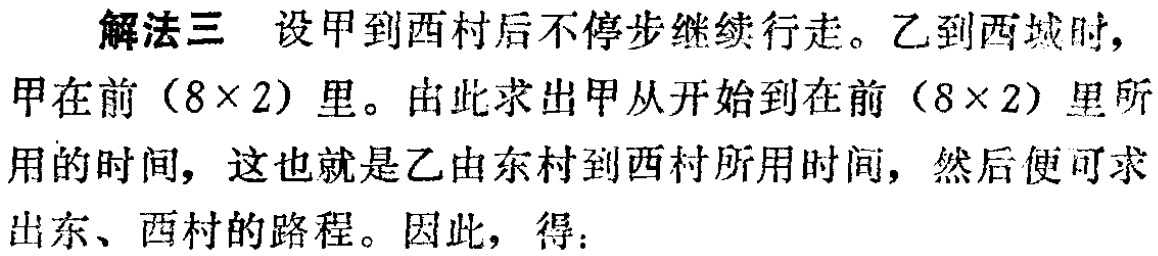
解法三 设甲到西村后不停步继续行走。乙到西城时，甲在前（8×2）里。由此求出甲从开始到在前（8×2）里所用的时间，这也就是乙由东村到西村所用时间，然后便可求出东、西村的路程。因此，得：